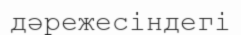
дәрежесіндегі